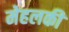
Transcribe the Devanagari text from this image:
मेहलकी